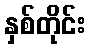
နှစ်တိုင်း